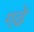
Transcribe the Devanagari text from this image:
गढे़